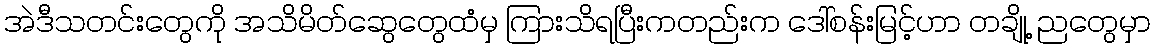
အဲဒီသတင်းတွေကို အသိမိတ်ဆွေတွေထံမှ ကြားသိရပြီးကတည်းက ဒေါ်စန်းမြင့်ဟာ တချို့ ညတွေမှာ